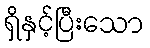
ရှိနှင့်ပြီးသော